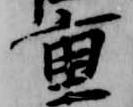
重